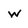
Character: w